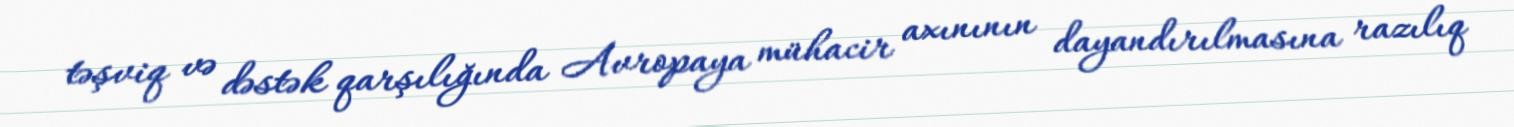
təşviq və dəstək qarşılığında Avropaya mühacir axınının dayandırılmasına razılıq